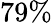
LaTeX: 79\%